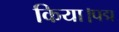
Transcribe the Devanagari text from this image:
किया।पद्म